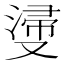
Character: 𣺎